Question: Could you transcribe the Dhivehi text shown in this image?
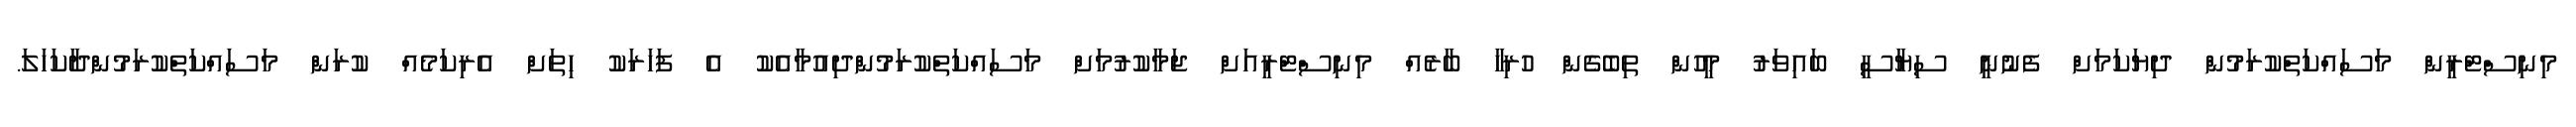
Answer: މިނިސްޓްރީން މަސައްކަތްކުރަމުން ދިޔަކަމަށް ފެނުނީ ސިޔާސީ ބައިވަރު މީހުން ތިބެގެން ހުރިހާ ބާރެއް މިނިސްޓްރީއަށް ޖަމާކުރުމަށް މަސައްކަތްކުރަމުންދިއުމާއެކު އެ ފަހަރަކު ހިތަށް އެރިކަމެއް ކުރަން މަސައްކަތްކުރަމުންދާކަހަލަ.